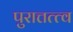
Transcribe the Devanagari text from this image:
पुरात्तत्त्व